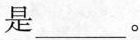
是___。